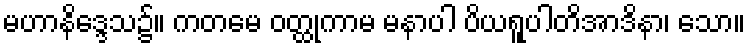
မဟာနိဒ္ဒေသ၌။ ကတမေ ဝတ္ထုကာမ မနာပါ ပိယရူပါတိအာဒိနာ၊ သော။